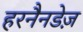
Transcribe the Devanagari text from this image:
हरनैनडेज़